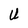
Character: U